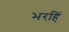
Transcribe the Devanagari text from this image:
भरहिं